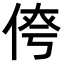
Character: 𪝄